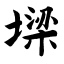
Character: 墚